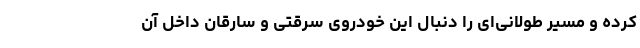
کرده و مسیر طولانی‌ای را دنبال این خودروی سرقتی و سارقان داخل آن